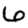
Digit: 6